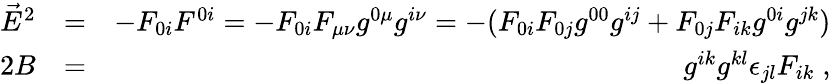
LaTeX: \begin{array}{rlr}{\vec{E}^{2}}&{=}&{-F_{0i}F^{0i}=-F_{0i}F_{\mu\nu}g^{0\mu}g^{i\nu}=-(F_{0i}F_{0j}g^{00}g^{ij}+F_{0j}F_{ik}g^{0i}g^{jk})}\\ {2B}&{=}&{g^{ik}g^{kl}\epsilon_{jl}F_{ik}\; ,}\end{array}